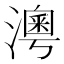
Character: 𤀀